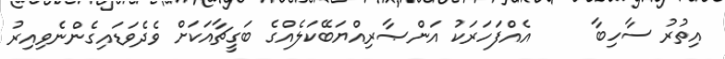
އިތުރު ސާހިބާ     އެއްފަހަރަކު އަންޞާރިއްޔަބޭކަލެއްގެ ބަގީޗާއަކަށް ވެދެވަޑައިގެންނެވިއިރު